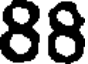
88